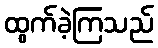
ထွက်ခဲ့ကြသည်